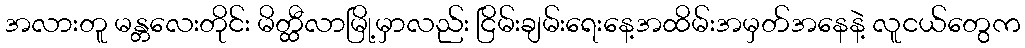
အလားတူ မန္တလေးတိုင်း မိတ္ထီလာမြို့မှာလည်း ငြိမ်းချမ်းရေးနေ့အထိမ်းအမှတ်အနေနဲ့ လူငယ်တွေက